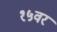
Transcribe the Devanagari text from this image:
१५वर